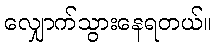
လျှောက်သွားနေရတယ်။